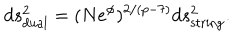
d s _ { \mathrm { d u a l } } ^ { 2 } = ( N e ^ { \phi } ) ^ { 2 / ( p - 7 ) } d s _ { \mathrm { s t r i n g } } ^ { 2 } .